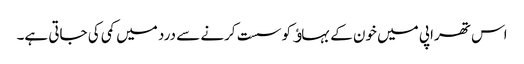
اس تھراپی میں خون کے بہاﺅ کو سست کرنے سے درد میں کمی کی جاتی ہے۔